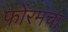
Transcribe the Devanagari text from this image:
फोरमचा